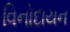
વિનોદાયન